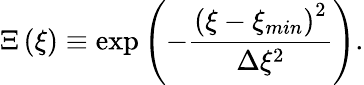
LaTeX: \Xi\left(\xi\right)\equiv\exp\left(-\frac{\left(\xi-\xi_{min}\right)^{2}}{\Delta\xi^{2}}\right).